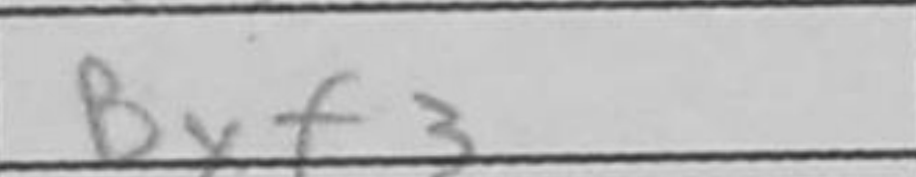
Transcription: Bxf3